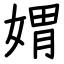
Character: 媦